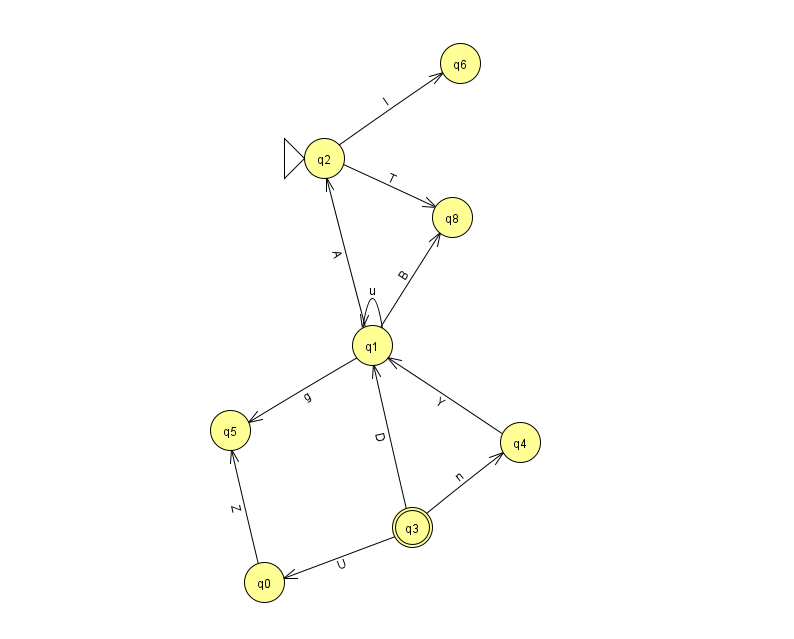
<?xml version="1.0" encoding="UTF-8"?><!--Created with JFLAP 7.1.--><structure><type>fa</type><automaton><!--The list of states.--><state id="0" name="q0"><x>264.0</x><y>569.0</y></state><state id="1" name="q1"><x>372.0</x><y>332.0</y></state><state id="2" name="q2"><x>324.0</x><y>145.0</y><initial/></state><state id="3" name="q3"><x>412.0</x><y>514.0</y><final/></state><state id="4" name="q4"><x>520.0</x><y>429.0</y></state><state id="5" name="q5"><x>230.0</x><y>417.0</y></state><state id="6" name="q6"><x>460.0</x><y>50.0</y></state><state id="8" name="q8"><x>452.0</x><y>204.0</y></state><!--The list of transitions.--><transition><from>2</from><to>6</to><read>l</read></transition><transition><from>3</from><to>1</to><read>D</read></transition><transition><from>1</from><to>2</to><read>A</read></transition><transition><from>0</from><to>5</to><read>Z</read></transition><transition><from>1</from><to>1</to><read>u</read></transition><transition><from>3</from><to>0</to><read>U</read></transition><transition><from>1</from><to>8</to><read>B</read></transition><transition><from>2</from><to>8</to><read>T</read></transition><transition><from>4</from><to>1</to><read>Y</read></transition><transition><from>3</from><to>4</to><read>n</read></transition><transition><from>1</from><to>5</to><read>g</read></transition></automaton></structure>